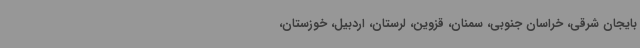
بایجان شرقی، خراسان جنوبی، سمنان، قزوین، لرستان، اردبیل، خوزستان،